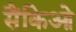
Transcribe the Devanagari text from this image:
सैंकिओ